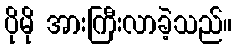
ပိုမို အားကြီးလာခဲ့သည်။